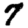
Digit: 7